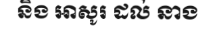
និង អាសូរ ដល់ នាង